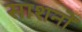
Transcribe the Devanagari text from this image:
साशनों